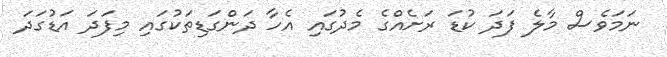
ނަމަވެސް މާލެ ފަދަ ކުޑަ ރަށެއްގެ މެދުގައި އެހާ ދަންގަޑިތަކުގައި މިފަދަ އަޑުގަދަ